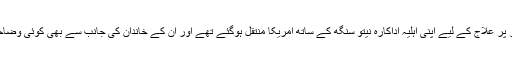
رشی کپور فوری طور پر علاج کے لیے اپنی اہلیہ اداکارہ نیتو سنگھ کے ساتھ امریکا منتقل ہوگئے تھے اور ان کے خاندان کی جانب سے بھی کوئی وضاحت نہیں کی گئی تھی۔